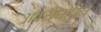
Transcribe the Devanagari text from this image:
अवरोधहीन